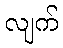
လျက်